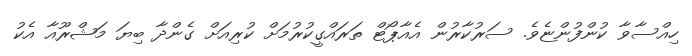
ހިއްސާވާ ކުންފުންޏެވެ. ސަރުކާރުން އެއާޕޯޓް ތަރައްގީކުރުމަށް ކުރިއަށް ގެންދާ ބިޔަ މަޝްރޫއާ އެކު